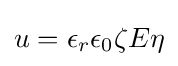
u=\epsilon _{r}\epsilon _{0}\zeta E\eta